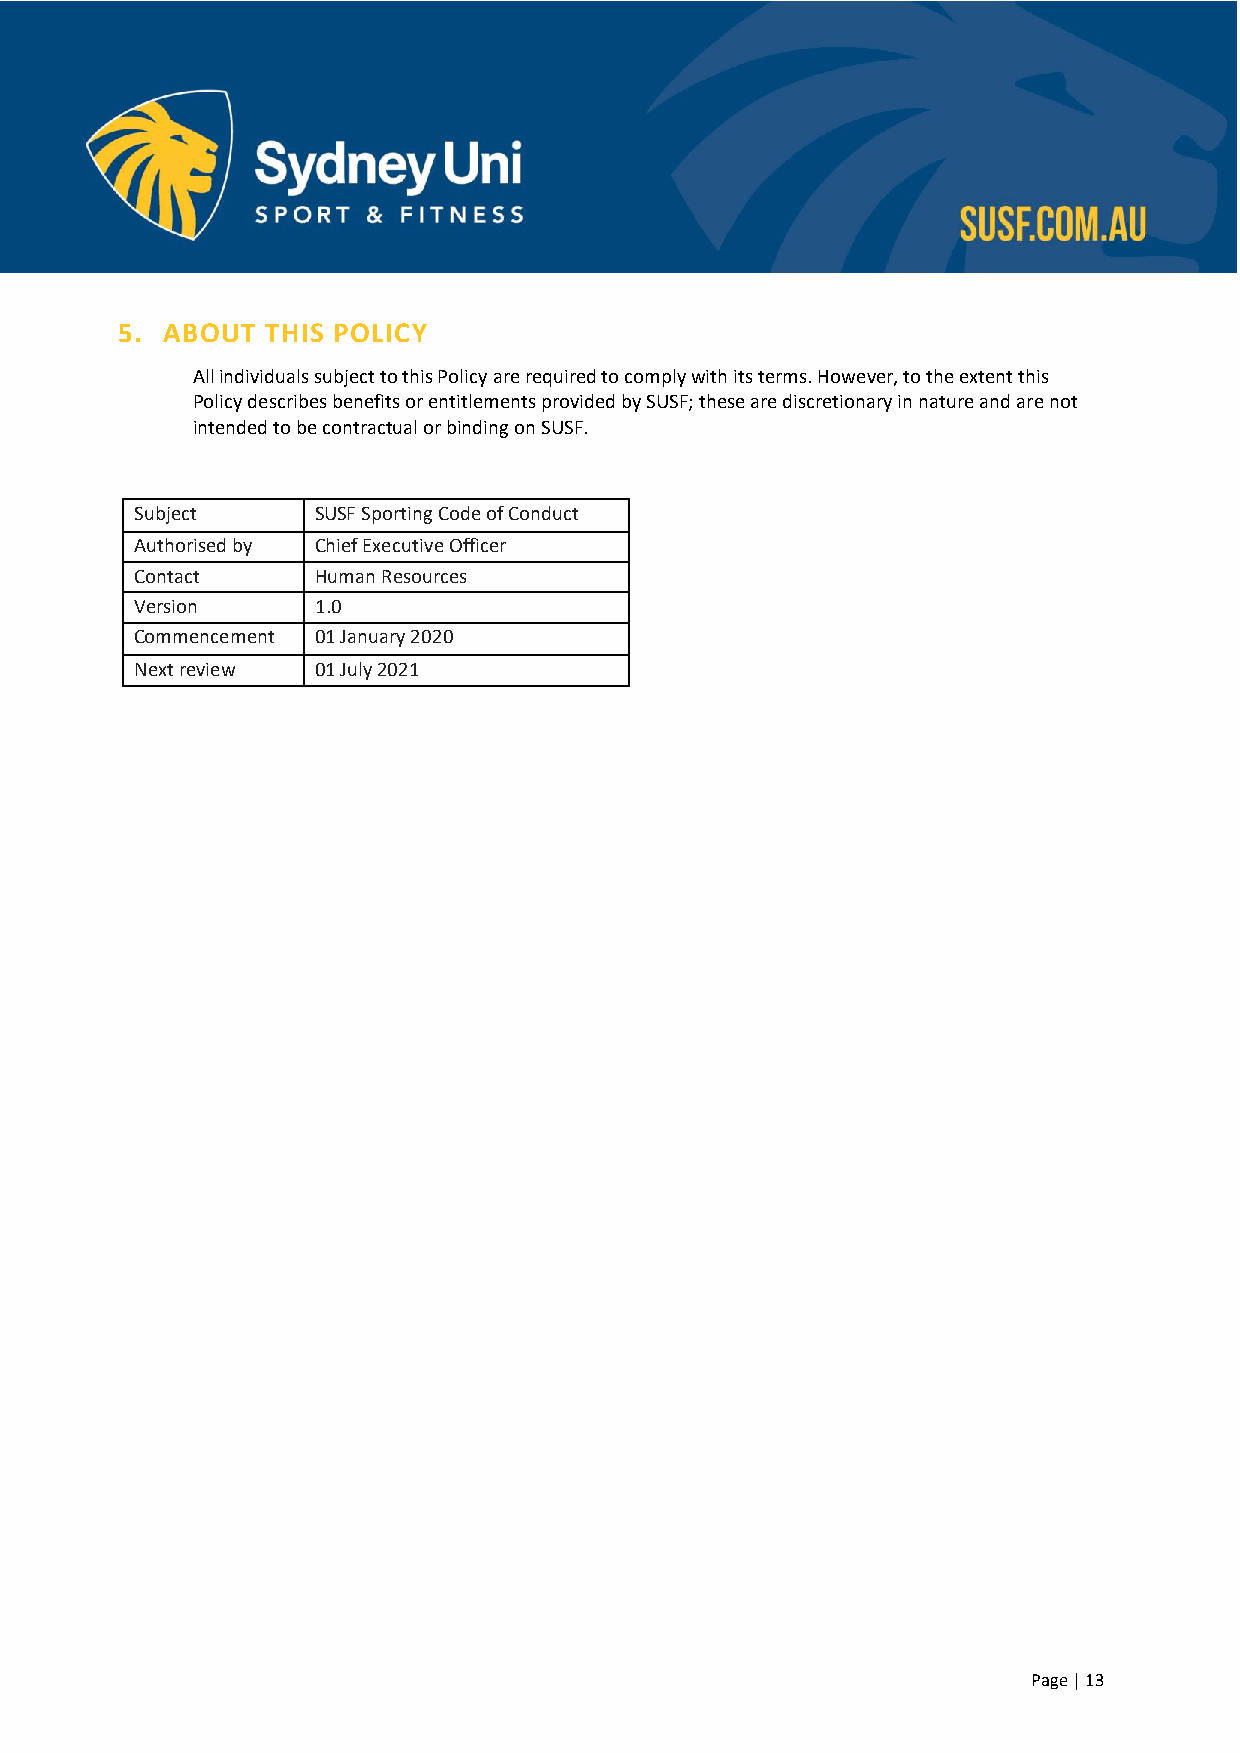
5. ABOUT  THIS POLICY
 All individuals subject to this Policy are required to comply with its terms. However, to the extent this
 Policy describes benefits or entitlements provided by SUSF; these are discretionary in nature and are not
 intended to be contractual or binding on SUSF.
 Subject     SUSF Sporting Code of Conduct
 Authorised by Chief Executive Officer
 Contact     Human Resources
 Version     1.0
 Commencement 01 January 2020
 Next review 01 July 2021
 Page | 13